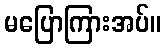
မပြောကြားအပ်။